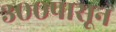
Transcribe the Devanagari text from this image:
३००पासून